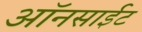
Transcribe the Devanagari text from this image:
ऑनसाईट